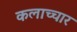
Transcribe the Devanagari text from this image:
कलाच्चार